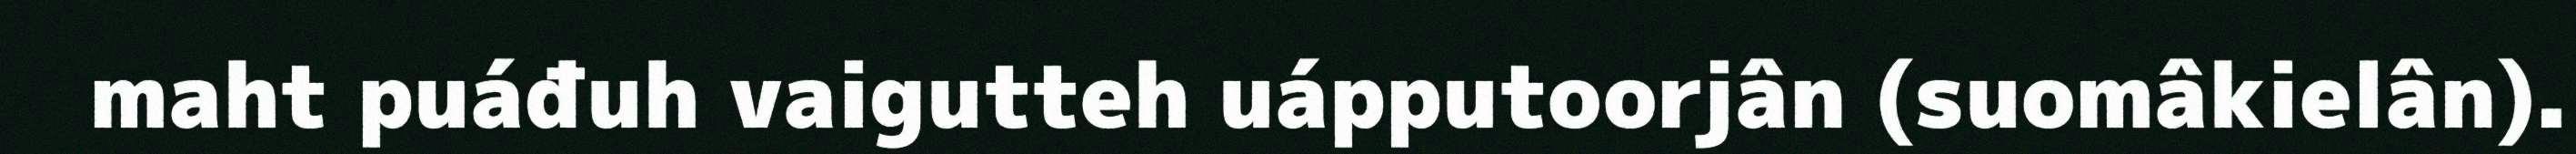
maht puáđuh vaigutteh uápputoorjân (suomâkielân).